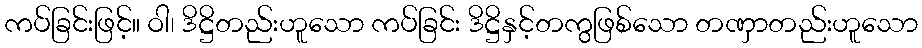
ကပ်ခြင်းဖြင့်။ ဝါ၊ ဒိဋ္ဌိတည်းဟူသော ကပ်ခြင်း ဒိဋ္ဌိနှင့်တကွဖြစ်သော တဏှာတည်းဟူသော